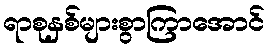
ရာစုနှစ်များစွာကြာအောင်